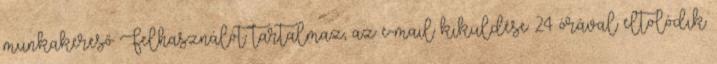
munkakereső Felhasználót tartalmaz, az e-mail kiküldése 24 órával eltolódik